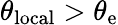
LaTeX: \theta_{\mathrm{{local}}}>\theta_{\mathrm{{e}}}